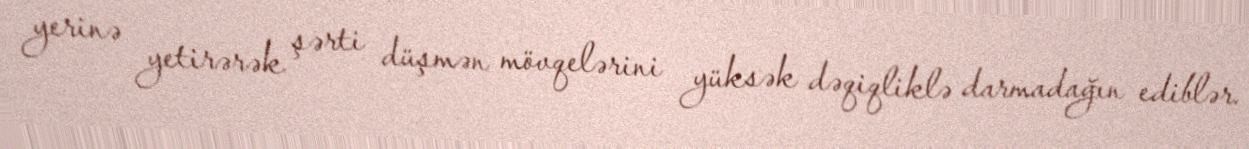
yerinə yetirərək şərti düşmən mövqelərini yüksək dəqiqliklə darmadağın ediblər.